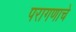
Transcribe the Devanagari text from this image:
परागणाचे